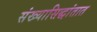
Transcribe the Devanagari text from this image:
संख्यासिद्धांतात